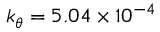
k _ { \theta } = 5 . 0 4 \times 1 0 ^ { - 4 }